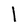
Character: 1